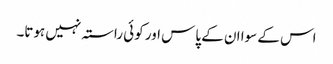
اس کے سوا ان کے پاس اور کوئی راستہ نہیں ہوتا۔